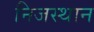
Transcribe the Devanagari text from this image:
निजस्थान